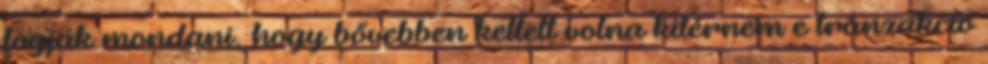
fogják mondani, hogy bővebben kellett volna kitérnem e tranzakció